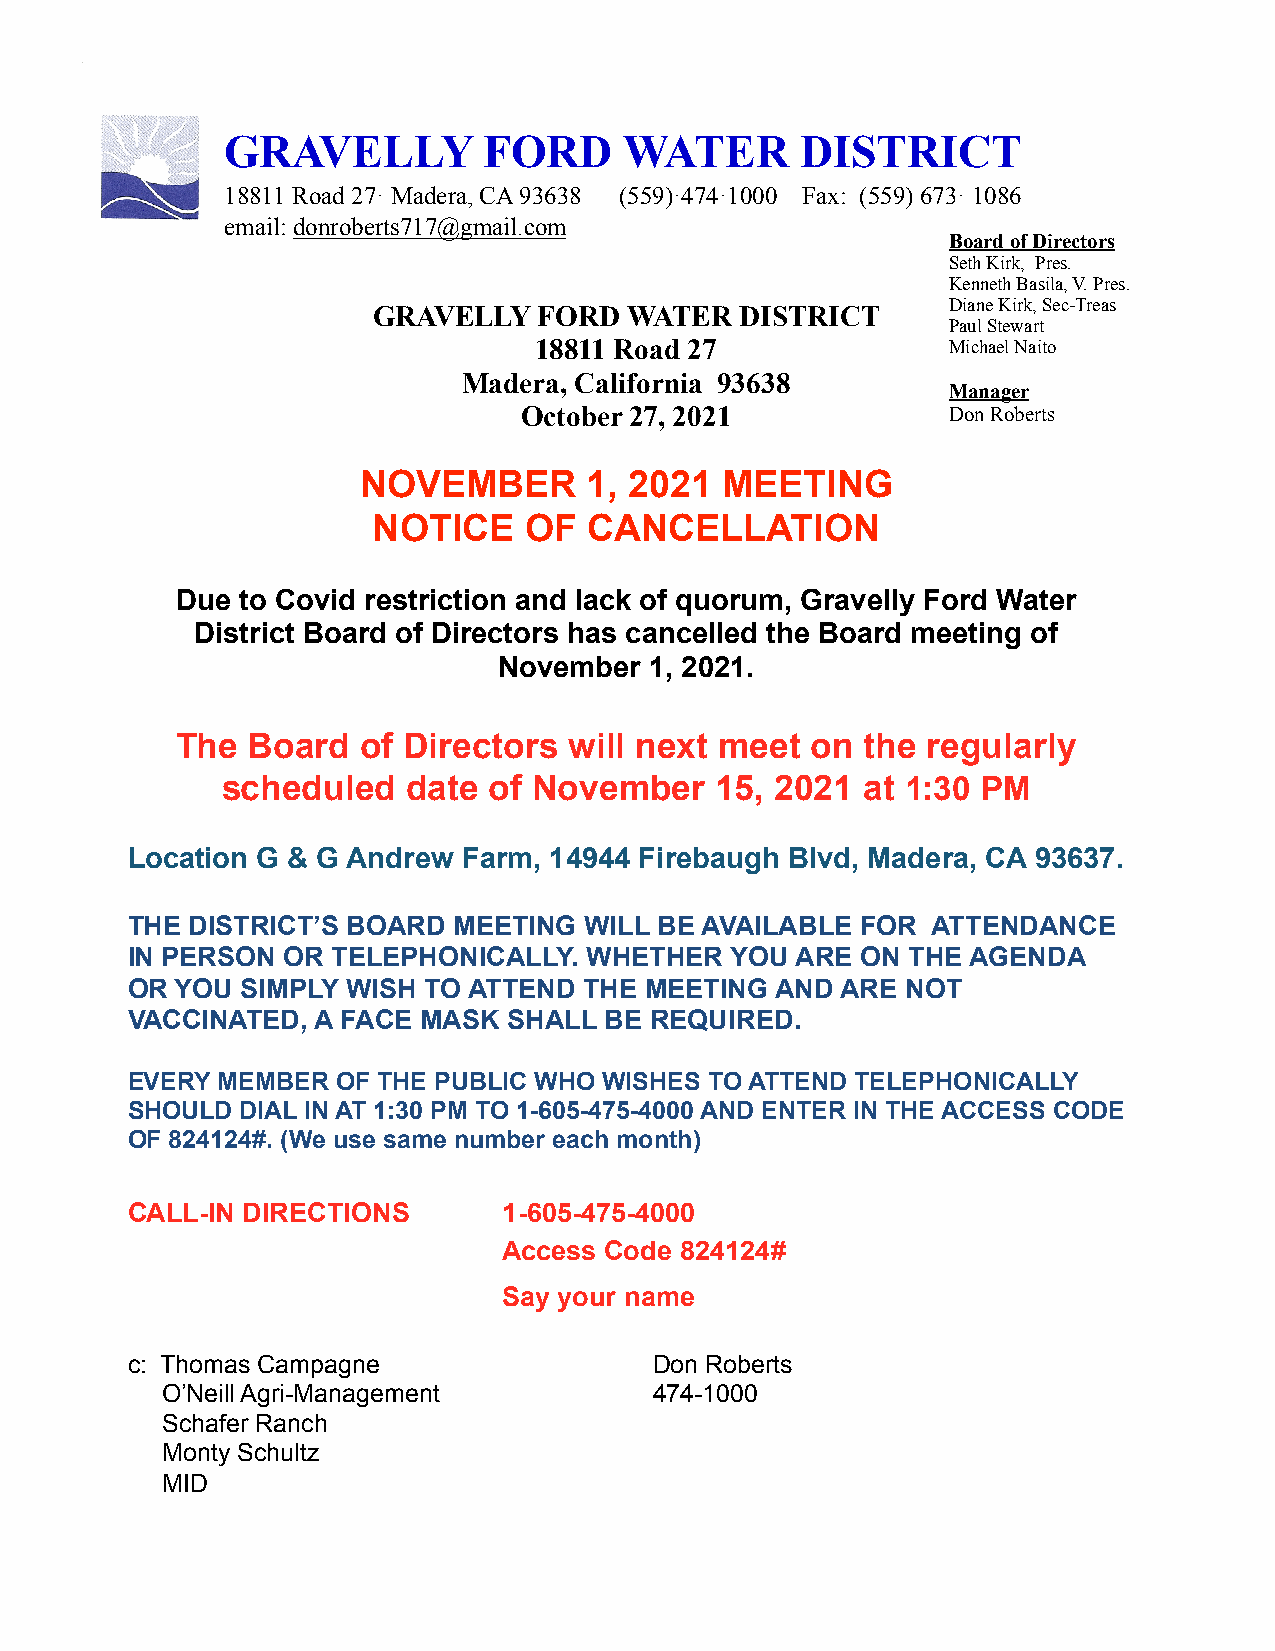
GRAVELLY         FORD     WATER       DISTRICT
 18811 Road 27· Madera, CA 93638 (559)·474·1000 Fax: (559) 673· 1086
 email: donroberts717@gmail.com
 Board of Directors
 Seth Kirk, Pres.
 Kenneth Basila, V. Pres.
 Diane Kirk, Sec-Treas
 GRAVELLY   FORD  WATER  DISTRICT
 Paul Stewart
 18811 Road 27               Michael Naito
 Madera, California 93638
 Manager
 October 27, 2021             Don Roberts
 NOVEMBER       1, 2021  MEETING
 NOTICE    OF  CANCELLATION
 Due to Covid restriction and lack of quorum, Gravelly Ford Water
 District Board of Directors has cancelled the Board meeting of
 November  1, 2021.
 The Board   of Directors  will next meet  on the regularly
 scheduled   date of November    15, 2021  at 1:30 PM
 Location G & G Andrew  Farm, 14944 Firebaugh Blvd, Madera, CA 93637.
 THE  DISTRICT’S BOARD MEETING  WILL BE AVAILABLE FOR  ATTENDANCE
 IN PERSON  OR TELEPHONICALLY.  WHETHER  YOU  ARE ON THE AGENDA
 OR  YOU SIMPLY WISH TO ATTEND  THE MEETING AND  ARE NOT
 VACCINATED,  A FACE MASK  SHALL BE REQUIRED.
 EVERY MEMBER  OF THE PUBLIC WHO WISHES TO ATTEND TELEPHONICALLY
 SHOULD  DIAL IN AT 1:30 PM TO 1-605-475-4000 AND ENTER IN THE ACCESS CODE
 OF 824124#. (We use same number each month)
 CALL-IN DIRECTIONS       1-605-475-4000
 Access Code 824124#
 Say your name
 c: Thomas Campagne                 Don Roberts
 O’Neill Agri-Management         474-1000
 Schafer Ranch
 Monty Schultz
 MID